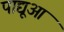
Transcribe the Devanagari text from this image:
पाद्यूआ